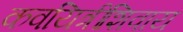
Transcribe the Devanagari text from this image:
कवयित्रींशिवाय